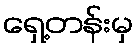
ရှေ့တန်းမှ